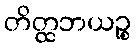
တိတ္ထဘယဉ္စ